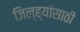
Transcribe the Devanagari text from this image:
जिल्ह्यांसाठी